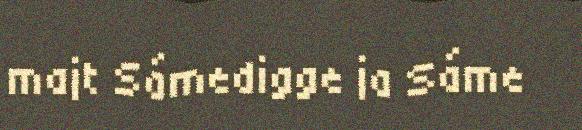
majt Sámedigge ja Sáme